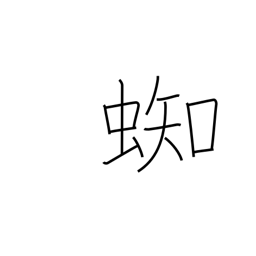
Meaning: spider